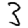
Digit: 3